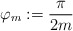
\begin{align*} \varphi_m := \frac{\pi}{2 m} \end{align*}